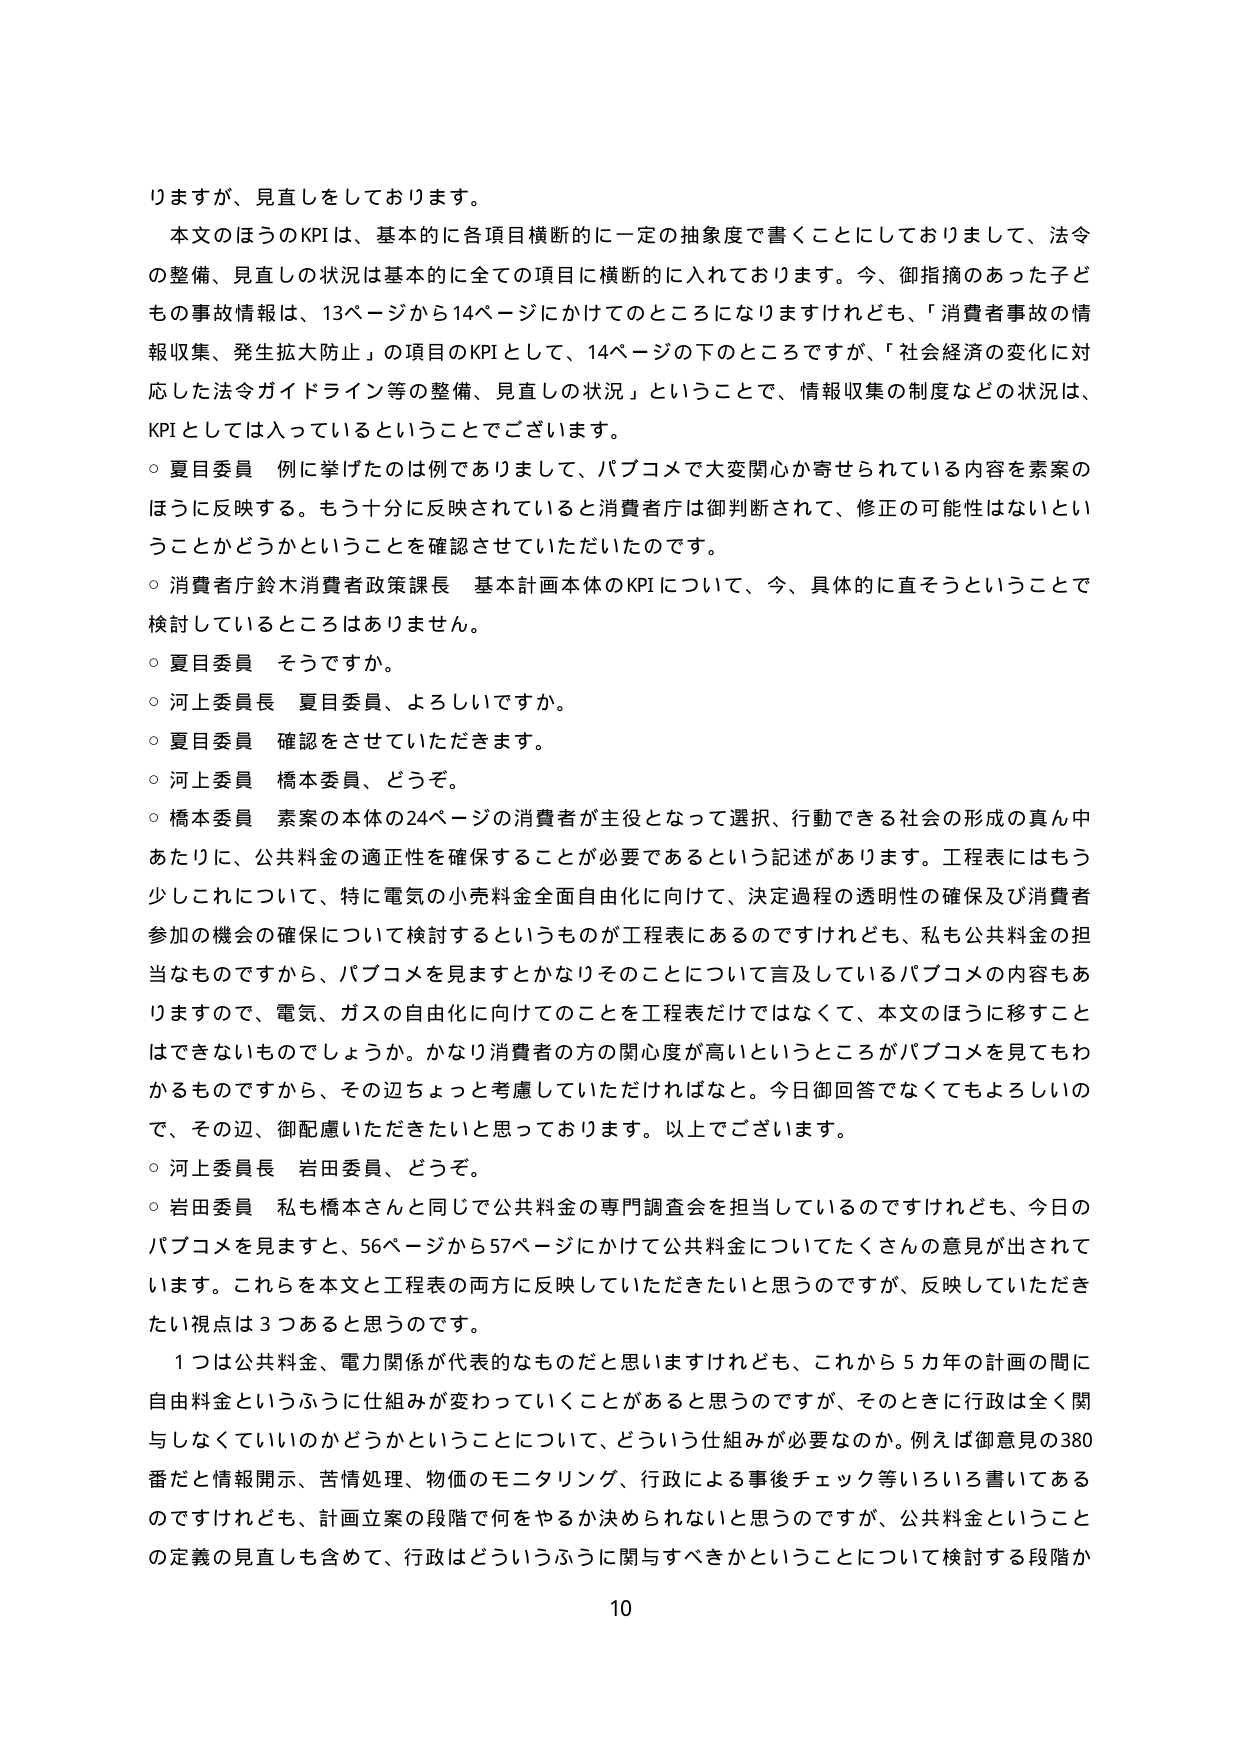
りますが、見直しをしております。

本文のほうのKPIは、基本的に各項目横断的に一定の抽象度で書くことにしておりまして、法令の整備、見直しの状況は基本的に全ての項目に横断的に入れております。今、御指摘のあった子どもの事故情報は、13ページから14ページにかけてのところになりますけれども、「消費者事故の情報収集、発生拡大防止」の項目のKPIとして、14ページの下のところですが、「社会経済の変化に対応した法令ガイドライン等の整備、見直しの状況」ということで、情報収集の制度などの状況は、KPIとしては入っているということでございます。

○ 夏目委員 例に挙げたのは例でありまして、パブコメで大変関心が寄せられている内容を素案のほうに反映する。もう十分に反映されていると消費者庁は御判断されて、修正の可能性はないということかどうかということを確認させていただいたのです。

○ 消費者庁鈴木消費者政策課長 基本計画本体のKPIについて、今、具体的に直そうということで検討しているところはありません。

○ 夏目委員 そうですか。

○ 河上委員長 夏目委員、よろしいですか。

○ 夏目委員 確認をさせていただきます。

○ 河上委員 橋本委員、どうぞ。

○ 橋本委員 素案の本体の24ページの消費者が主役となって選択、行動できる社会の形成の真ん中あたりに、公共料金の適正性を確保することが必要であるという記述があります。工程表にはもう少しこれについて、特に電気の小売料金全面自由化に向けて、決定過程の透明性の確保及び消費者参加の機会の確保について検討するというものが工程表にあるのですけれども、私も公共料金の担当なものですから、パブコメを見ますとかなりそのことについて言及しているパブコメの内容もありますので、電気、ガスの自由化に向けてのことを工程表だけではなくて、本文のほうに移すことはできないものでしょうか。かなり消費者の方の関心度が高いというところがパブコメを見てわかるものですから、その辺ちょっと考慮していただければなと。今日御回答でなくてもよろしいので、その辺、御配慮いただきたいと思っております。以上でございます。

○ 河上委員長 岩田委員、どうぞ。

○ 岩田委員 私も橋本さんと同じで公共料金の専門調査会を担当しているのですけれども、今日のパブコメを見ますと、56ページから57ページにかけて公共料金についてたくさんの意見が出されています。これらを本文と工程表の両方に反映していただきたいと思うのですが、反映していただきたい視点は3つあると思うのです。

1つは公共料金、電力関係が代表的なものだと思いますけれども、これから5カ年の計画の間に自由料金というふうに仕組みが変わっていくことがあると思うのですが、そのときに行政は全く関与しなくていいのかどうかということについて、どういう仕組みが必要なのか。例えば御意見の380番だと情報開示、苦情処理、物価のモニタリング、行政による事後チェック等いろいろ書いてあるのですけれども、計画立案の段階で何をやるか決められないと思うのですが、公共料金ということの定義の見直しも含めて、行政はどういうふうに関与すべきかということについて検討する段階か

10